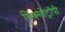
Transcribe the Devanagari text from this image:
थिक्सोट्रॉपी